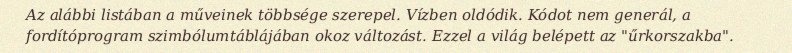
Az alábbi listában a műveinek többsége szerepel. Vízben oldódik. Kódot nem generál, a fordítóprogram szimbólumtáblájában okoz változást. Ezzel a világ belépett az "űrkorszakba".